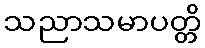
သညာသမာပတ္တိ